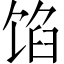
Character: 馅